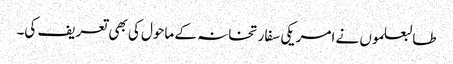
طالبعلموں نے امریکی سفارتخانہ کے ماحول کی بھی تعریف کی۔